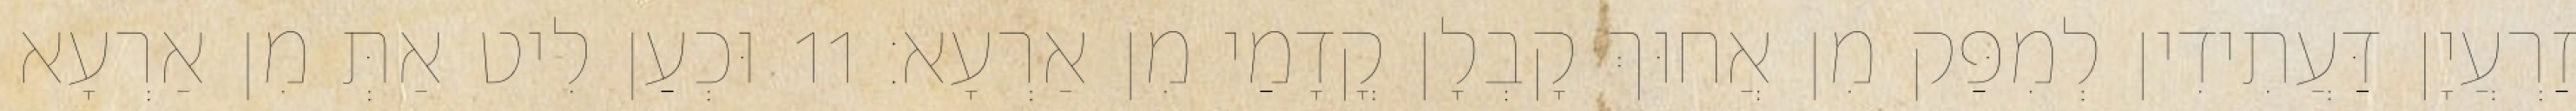
זַרְעֲיָן דַּעֲתִידִין לְמִפַּק מִן אֲחוּךְ קָבְלָן קֳדָמַי מִן אַרְעָא׃ 11 וּכְעַן לִיט אַתְּ מִן אַרְעָא